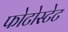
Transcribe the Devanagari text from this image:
फोटोस्टेट